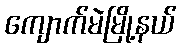
ကျောက်မဲမြို့နယ်